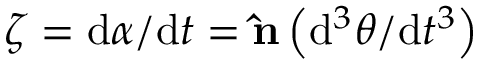
{ \boldsymbol { \zeta } } = \mathrm { d } { \boldsymbol { \alpha } } / \mathrm { d } t = \mathbf { \hat { n } } \left( \mathrm { d } ^ { 3 } \theta / \mathrm { d } t ^ { 3 } \right)